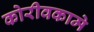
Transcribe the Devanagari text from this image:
कोरीवकामे